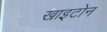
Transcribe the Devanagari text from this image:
खाइटोन